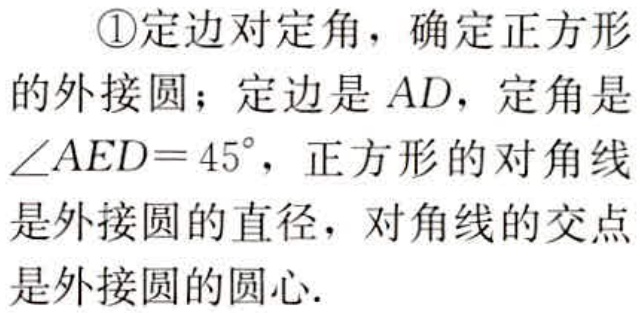
\textcircled{1}定边对定角，确定正方形

的外接圆；定边是 \(AD\)，定角是

\(\angle AED = 45^{\circ}\)，正方形的对角线

是外接圆的直径，对角线的交点

是外接圆的圆心.